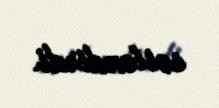
səsləndirdi.